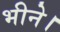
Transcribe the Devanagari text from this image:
भीने।